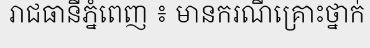
រាជធានីភ្នំពេញ ៖ មានករណីគ្រោះថ្នាក់